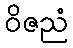
ဝိဇညံ